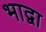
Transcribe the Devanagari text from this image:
भाद्वा